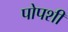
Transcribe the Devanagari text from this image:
पोपशी